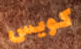
كويس